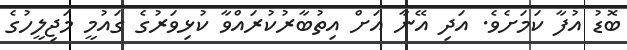
ބޮޑު އުފާ ކަމަށެވެ. އަދި އޭނާ އަށް އިތުބާރުކުރައްވާ ކުޅިވަރުގެ ގައުމީ މަޖިލީހުގެ